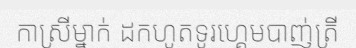
កាស្រីម្នាក់ ដកហូតទូរហ្គេមបាញ់ត្រី